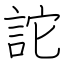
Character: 詑